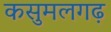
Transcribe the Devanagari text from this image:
कसुमलगढ़